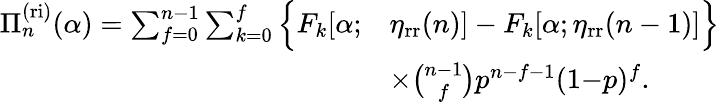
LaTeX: \begin{array}{rl}{\Pi_{n}^{\mathrm{(ri)}}(\alpha)=\sum_{f=0}^{n-1}\sum_{k=0}^{f}\Big\{ F_{k}[\alpha;}&{\eta_{\mathrm{rr}}(n)]-F_{k}[\alpha;\eta_{\mathrm{rr}}(n-1)]\Big\} }\\ &{\times\binom{n-1}{f}p^{n-f-1}(1{-}p)^{f}.}\end{array}